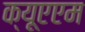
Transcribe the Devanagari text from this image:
क्यूएएम